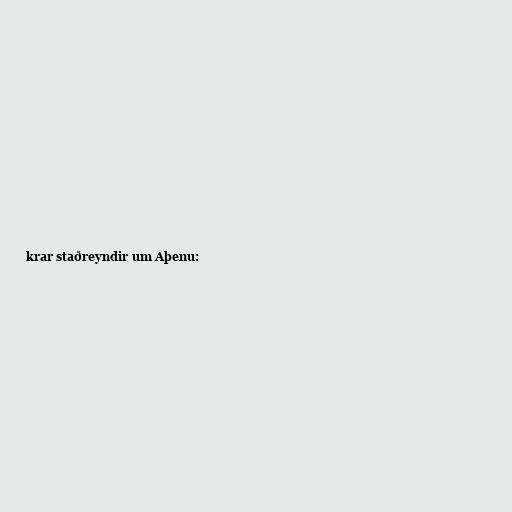
krar staðreyndir um Aþenu: